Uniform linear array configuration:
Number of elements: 24
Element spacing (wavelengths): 0.5
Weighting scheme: binomial
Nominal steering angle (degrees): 0
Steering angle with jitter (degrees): -1.464
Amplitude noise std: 0.05
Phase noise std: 0.05

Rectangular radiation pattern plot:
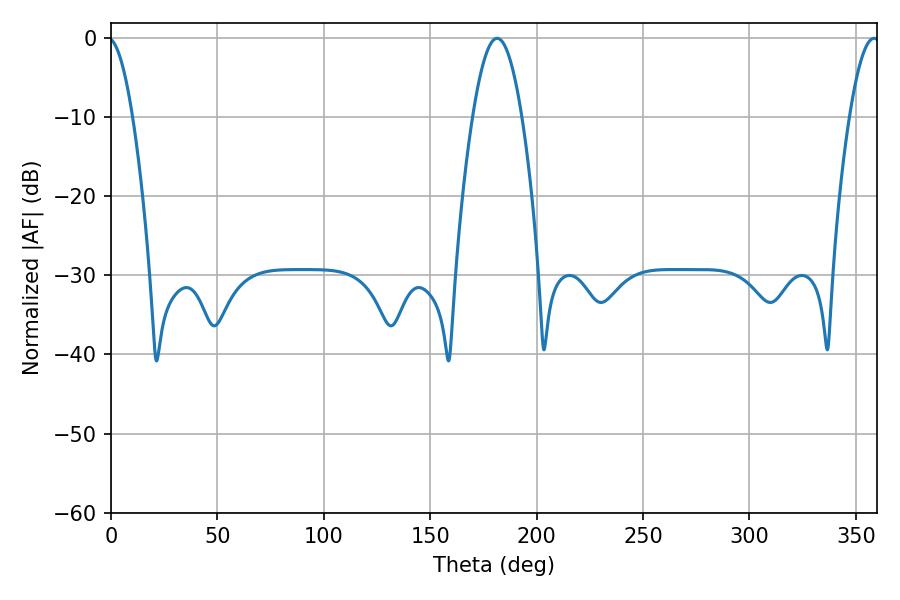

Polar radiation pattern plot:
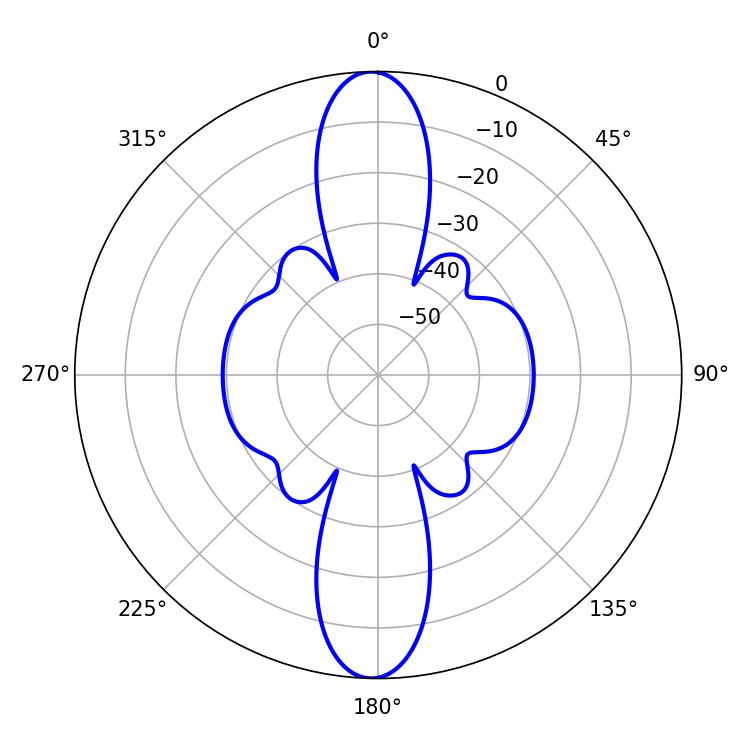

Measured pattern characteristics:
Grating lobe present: FALSE
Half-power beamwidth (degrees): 12.6
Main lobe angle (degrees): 181.44